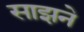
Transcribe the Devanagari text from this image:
साझने